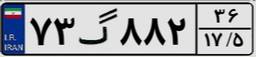
۷۳گ۸۸۲۳۶